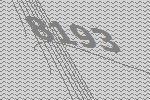
8193